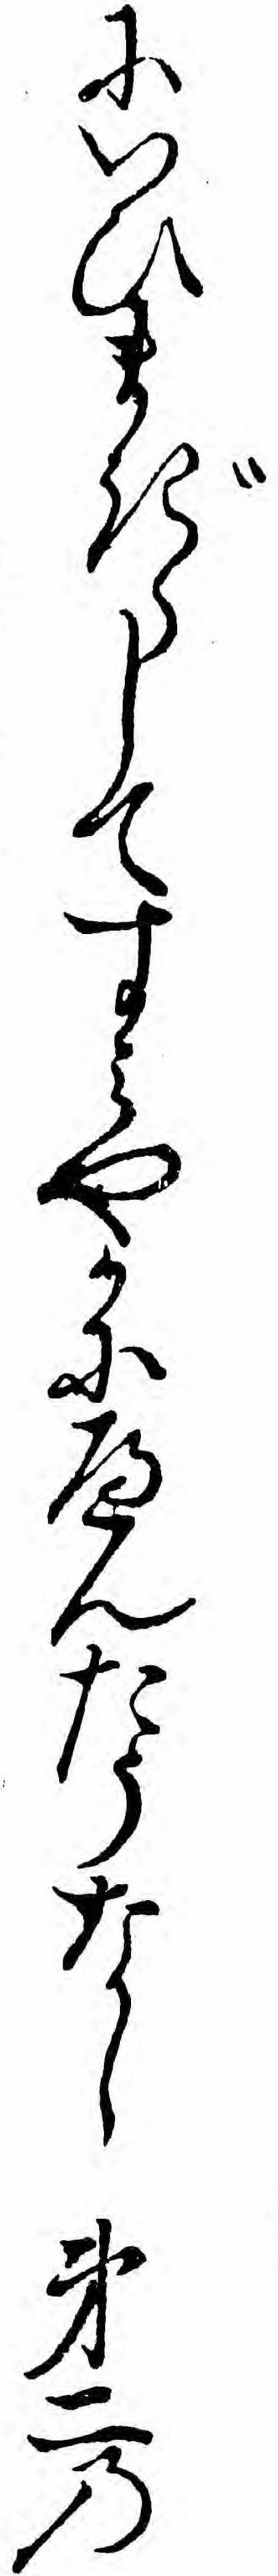
にいひまぎらしてすミやかにへんたうなし第二の